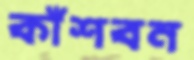
কাঁশবন